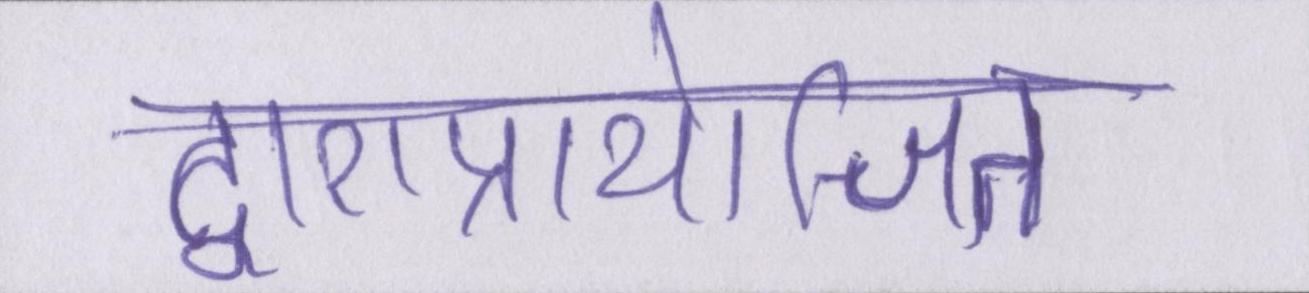
द्वाराप्रायोजित